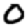
Digit: 0